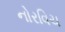
નોરવિચ